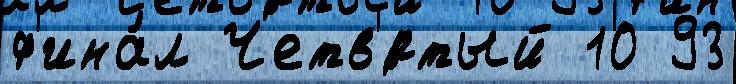
ф'ина́л Четв'́ртый 10 93